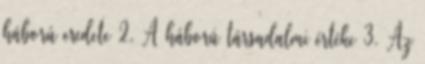
háború eredete 2. A háború társadalmi értéke 3. Az